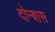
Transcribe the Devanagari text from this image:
दोन्बास